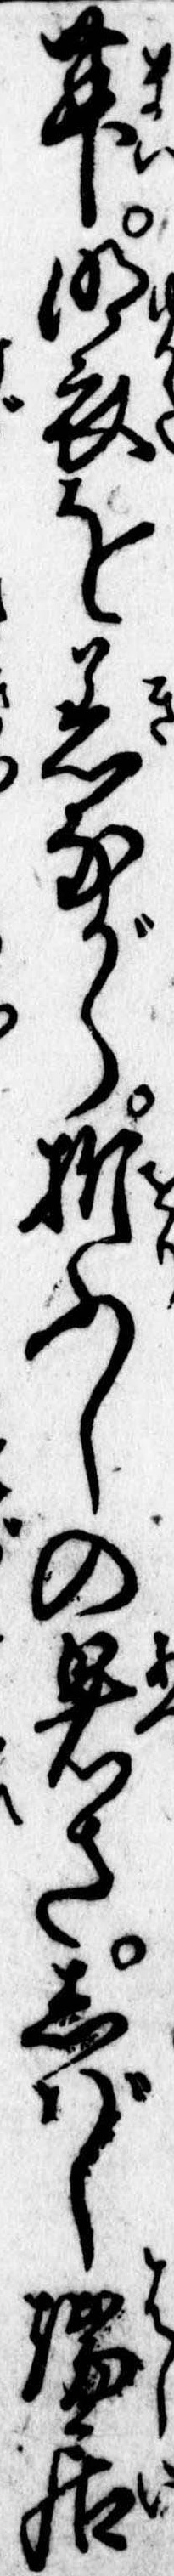
舞明衣を着ながら折ふしの暑さしばし端居